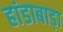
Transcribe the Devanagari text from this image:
हांडाबाड़ा